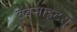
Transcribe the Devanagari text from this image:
वेबसाइटस्